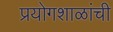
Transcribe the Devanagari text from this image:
प्रयोगशाळांची